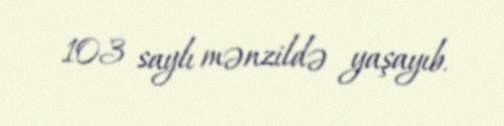
103 saylı mənzildə yaşayıb.